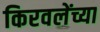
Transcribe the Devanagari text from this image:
किरवलेंच्या